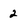
Character: 2